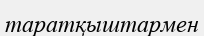
таратқыштармен